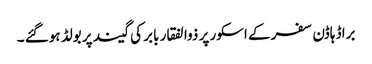
براڈ ہاڈن سفر کے اسکور پر ذوالفقار بابر کی گیند پر بولڈ ہوگئے ۔